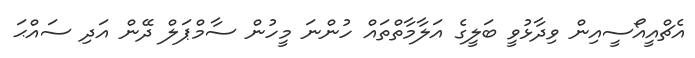
އެޗްއީއޯސީއިން ވިދާޅުވީ ބަލީގެ އަލާމާތްތައް ހުންނަ މީހުން ސާމްޕަލް ދޭން އަދި ސައްޙަ